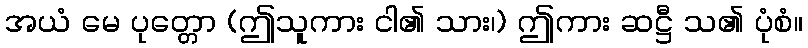
အယံ မေ ပုတ္တော (ဤသူကား ငါ၏ သား၊) ဤကား ဆဋ္ဌီ သ၏ ပုံစံ။